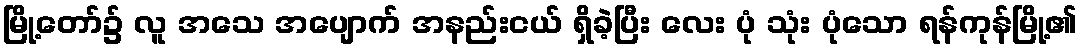
မြို့တော်၌ လူ အသေ အပျောက် အနည်းငယ် ရှိခဲ့ပြီး လေး ပုံ သုံး ပုံသော ရန်ကုန်မြို့၏